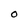
Character: O